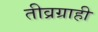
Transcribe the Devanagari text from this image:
तीव्रग्राही